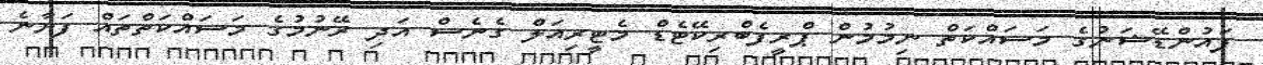
ފައުންޑޭޝަނުގެ މަސައްކަތް ނިމުމުން ޕްރީފެބްރިކޭޓެޑް މެޓީރިއަލް ގެނެސް އަދި ރޭނުމުގެ މަސައްކަތްތައް ފަށާނެ